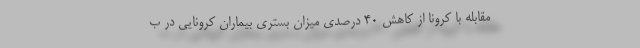
مقابله با کرونا از کاهش ۴۰ درصدی میزان بستری بیماران کرونایی در ب